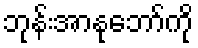
ဘုန်းအာနုဘော်ကို